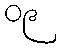
၀၉